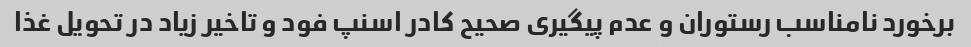
برخورد نامناسب رستوران و عدم پیگیری صحیح کادر اسنپ فود و تاخیر زیاد در تحویل غذا